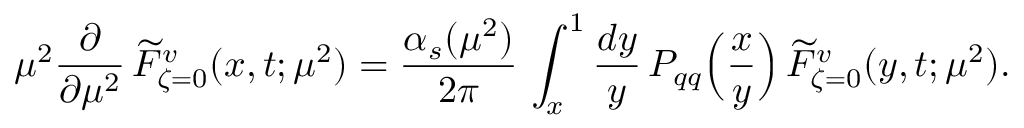
\mu ^ { 2 } \frac { \partial } { \partial \mu ^ { 2 } } \, \widetilde { \cal F } _ { \zeta = 0 } ^ { v } ( x , t ; \mu ^ { 2 } ) = \frac { \alpha _ { s } ( \mu ^ { 2 } ) } { 2 \pi } \, \int _ { x } ^ { 1 } \frac { d y } { y } \, P _ { q q } \Big ( \frac { x } { y } \Big ) \, \widetilde { \cal F } _ { \zeta = 0 } ^ { v } ( y , t ; \mu ^ { 2 } ) .